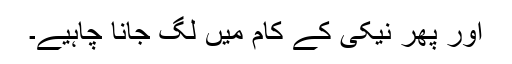
اور پھر نیکی کے کام میں لگ جانا چاہیے۔